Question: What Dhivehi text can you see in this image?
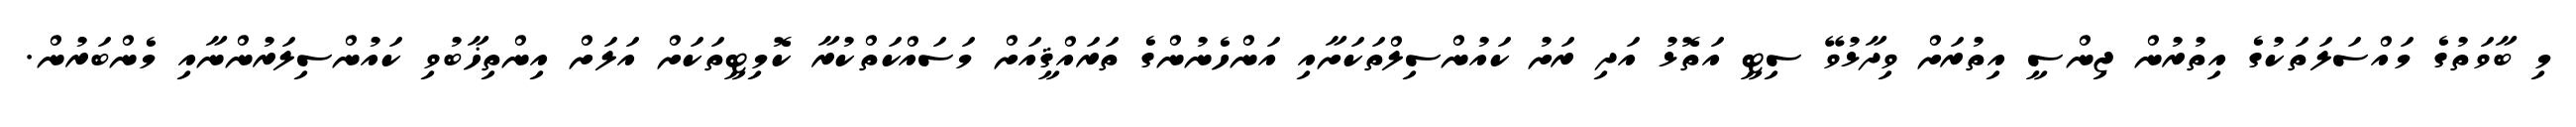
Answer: މި ބާވަތުގެ މައްސަލަތަކުގެ އިތުރުން ޖިންސީ އިތުރަށް ވިދާޅުވޭ ސިޓީ އަތޮޅު އަދި ރަށު ކައުންސިލްތަކަށާއި އަންހެނުންގެ ތަރައްޤީއަށް މަސައްކަތްކުރާ ކޮމިޓީތަކަށް އަލަށް އިންތިޚާބުވި ކައުންސިލަރުންނާއި މެންބަރުން.